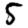
Digit: 5